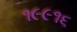
૧૯૯૧૬